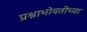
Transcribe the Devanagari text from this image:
प्रश्नाभोवतीच्या